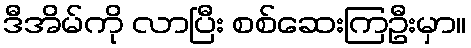
ဒီအိမ်ကို လာပြီး စစ်ဆေးကြဦးမှာ။